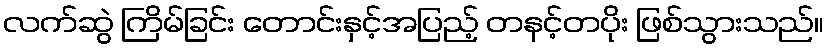
လက်ဆွဲ ကြိမ်ခြင်း တောင်းနှင့်အပြည့် တနင့်တပိုး ဖြစ်သွားသည်။